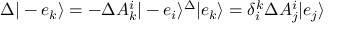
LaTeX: \Delta | - e _ { k } \rangle = - \Delta A _ { k } ^ { i } | - e _ { i } \rangle \sp \Delta | e _ { k } \rangle = \delta _ { i } ^ { k } \Delta A _ { j } ^ { i } | e _ { j } \rangle